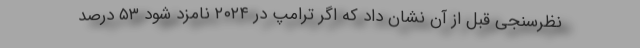
نظرسنجی قبل از آن نشان داد که اگر ترامپ در ۲۰۲۴ نامزد شود ۵۳ درصد